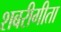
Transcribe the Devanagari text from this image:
शबरीगीता